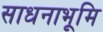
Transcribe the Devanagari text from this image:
साधनाभूमि